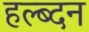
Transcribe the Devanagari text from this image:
हल्ब्दन